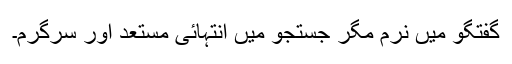
گفتگو میں نرم مگر جستجو میں انتہائی مستعد اور سرگرم۔